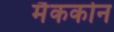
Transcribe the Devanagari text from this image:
मैककोन